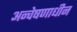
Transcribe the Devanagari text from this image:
अन्वेषणाधीन